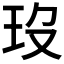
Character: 𤣻